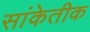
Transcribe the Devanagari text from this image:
सांकेतीक